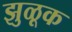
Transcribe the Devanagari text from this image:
झुळूक